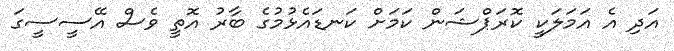
އަދި އެ އަމަލަކީ ކޮރަޕްޝަން ކަމަށް ކަނޑައެޅުމުގެ ބާރު އޮތީ ވެސް އޭސީސީގަ